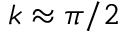
k \approx \pi / 2